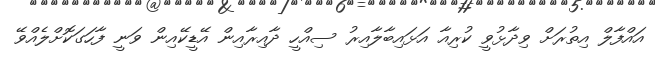
އައްފާލް އިތުރަށް ވިދާޅުވީ ކުރިއާ އަޅައިބާލާއިރު ސިއްހީ ދާއިރާއިން އޭޑީކޭއިން ވަނީ ފާހަގަކޮށްލެއްވޭ